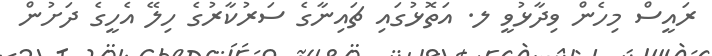
ރައީސް މިހެން ވިދާޅުވީ ލ. އަތޮޅުގައި ޗައިނާގެ ސަރުކާރުގެ ހިލޭ އެހީގެ ދަށުން